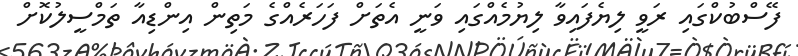
ފޭސްބުކްގައި ރަވީ ލިޔެފައިވާ ލިޔުމެއްގައި ވަނީ އެތަށް ފަހަރެއްގެ މަތިން އިންޑިއާ ތަމްސީލުކޮށް